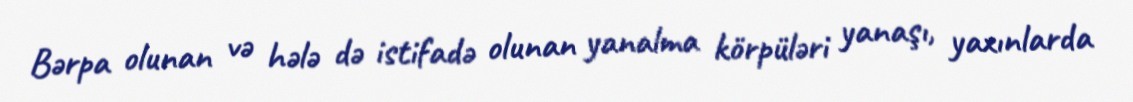
Bərpa olunan və hələ də istifadə olunan yanalma körpüləri yanaşı, yaxınlarda